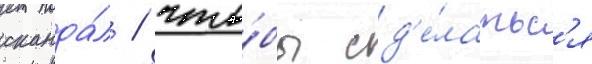
сканда́л / что́бы сд'е́латьс'я